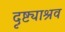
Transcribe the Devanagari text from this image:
दृष्ट्याश्रव